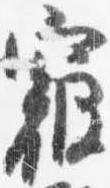
寝